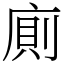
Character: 廁